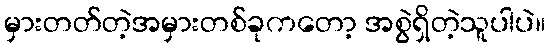
မှားတတ်တဲ့အမှားတစ်ခုကတော့ အစွဲရှိတဲ့သူပါပဲ။